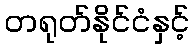
တရုတ်နိုင်ငံနှင့်